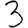
Digit: 3